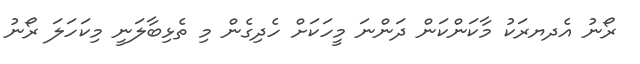
ރޯނު އެދޔރަކު މާކަންކަން ދަންނަ މީހަކަށް ހެދިގެން މި ތެޅިބާލަނީ މިކަހަލަ ރޯނު